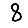
Digit: 8